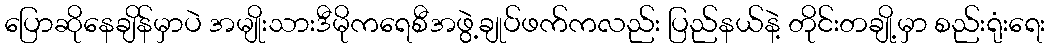
ပြောဆိုနေချိန်မှာပဲ အမျိုးသားဒီမိုကရေစီအဖွဲ့ချုပ်ဖက်ကလည်း ပြည်နယ်နဲ့ တိုင်းတချို့မှာ စည်းရုံးရေး